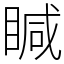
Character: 䁍